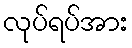
လုပ်ရပ်အား